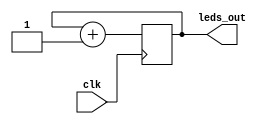
`timescale 1ns / 1ps

module leddriver(
	input clk,
    output [15:0] leds_out
    );

reg [15:0] count;

always @(posedge clk) begin

    count <= count + 1;
	
end 

assign leds_out[15:0] = count[15:0];

endmodule